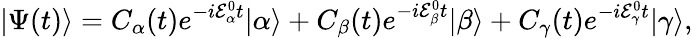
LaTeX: |\Psi(t)\rangle=C_{\alpha}(t)e^{-i\mathcal{E}_{\alpha}^{0}t}|\alpha\rangle+C_{\beta}(t)e^{-i\mathcal{E}_{\beta}^{0}t}|\beta\rangle+C_{\gamma}(t)e^{-i\mathcal{E}_{\gamma}^{0}t}|\gamma\rangle,